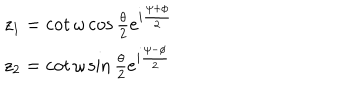
\begin{array} { l l } { { z _ { 1 } = \cot \omega \cos \frac { \theta } { 2 } e ^ { i \frac { \psi + \phi } { 2 } } } } \\ { { z _ { 2 } = \cot \omega \sin \frac { \theta } { 2 } e ^ { i \frac { \psi - \phi } { 2 } } } } \\ \end{array}